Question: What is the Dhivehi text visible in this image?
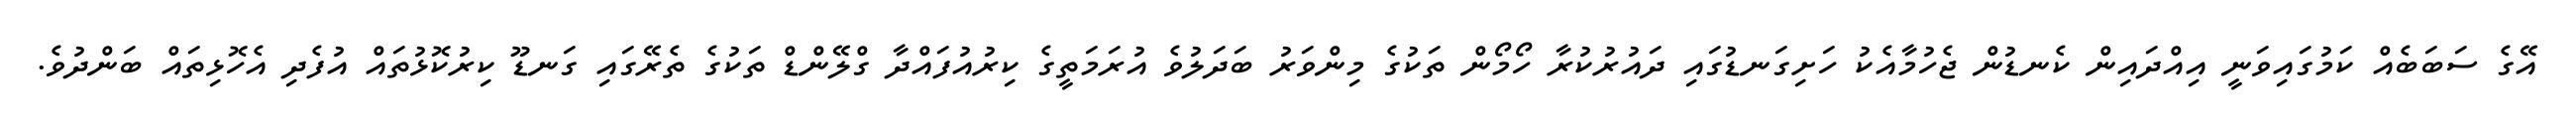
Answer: އޭގެ ސަބަބެއް ކަމުގައިވަނީ އިއްދައިން ކެނޑުން ޖެހުމާއެކު ހަށިގަނޑުގައި ދައުރުކުރާ ހޯމޯން ތަކުގެ މިންވަރު ބަދަލުވެ އުރަމަތީގެ ކިރުއުފައްދާ ގްލޭންޑް ތަކުގެ ތެރޭގައި ގަނޑޫ ކިރުކޮޅުތައް އުފެދި އެހޮޅިތައް ބަންދުވެ.